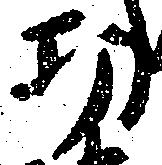
功